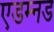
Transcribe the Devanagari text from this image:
एडम्नड